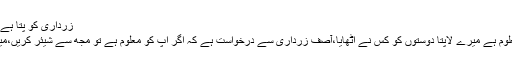
زرداری کو پتا ہے ان کے لاپتا دوست کہاں ہیں تو مجھ سے شیئر کریں
انہوں نے کہا کہ آصف زرداری کہتے ہیں مجھے معلوم ہے میرے لاپتا دوستوں کو کس نے اٹھایا،آصف زرداری سے درخواست ہے کہ اگر آپ کو معلوم ہے تو مجھ سے شیئر کریں،میں ہمیشہ سے کسی کو لاپتا کرنے کا مخالف رہا ہوں۔